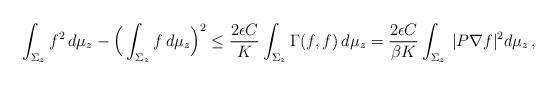
LaTeX: \begin{align*} \int_{\Sigma_z} f^2\, d\mu_z - \Big(\int_{\Sigma_z} f\, d\mu_z\Big)^2 \le \frac{2\epsilon C}{K} \int_{\Sigma_z} \Gamma(f,f)\, d\mu_z = \frac{2\epsilon C}{\beta K} \int_{\Sigma_z} \, |P\nabla f|^2 d\mu_z \,, \end{align*}